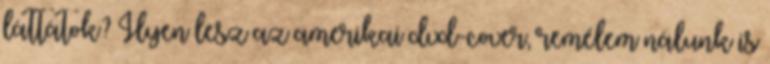
láttátok? Ilyen lesz az amerikai dvd-cover, remélem nálunk is